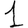
Digit: 1